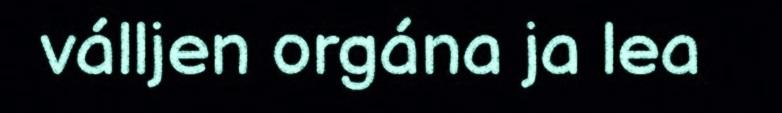
válljen orgána ja lea